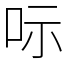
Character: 呩